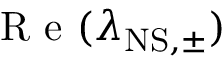
\mathrm { ~ R ~ e ~ } ( \lambda _ { \mathrm { N S , \pm } } )